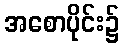
အစောပိုင်း၌